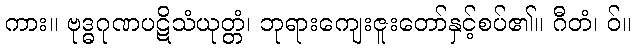
ကား။ ဗုဒ္ဓဂုဏပဋိသံယုတ္တံ၊ ဘုရားကျေးဇူးတော်နှင့်စပ်၏။ ဂီတံ၊ ဝ်။